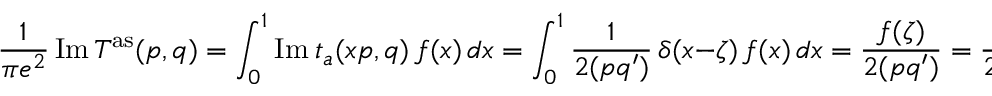
\frac 1 { \pi e ^ { 2 } } \, \mathrm { I m } \, T ^ { \mathrm { a s } } ( p , q ) = \int _ { 0 } ^ { 1 } \mathrm { I m } \ t _ { a } ( x p , q ) \, f ( x ) \, d x = \int _ { 0 } ^ { 1 } \frac { 1 } { 2 ( p q ^ { \prime } ) } \, \delta ( x - \zeta ) \, f ( x ) \, d x = \frac { f ( \zeta ) } { 2 ( p q ^ { \prime } ) } = \frac { 1 } { 2 ( p q ^ { \prime } ) } \, \frac { g ^ { 2 } } { 1 6 \pi ^ { 2 } m ^ { 2 } } ( 1 - \zeta ) \, .